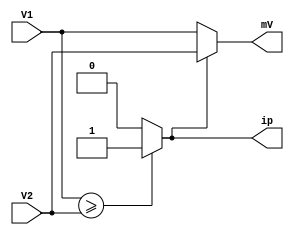
module min_sum_sorting(V1,V2,mV,ip);

parameter nob = 4;

input [nob:0] V1, V2;
output [nob:0] mV;
output ip;
reg ip;
assign mV = ip? V2:V1;
always @(V1, V2)
begin
if (V1 >= V2)
ip = 1;
else
ip = 0;
end
endmodule